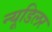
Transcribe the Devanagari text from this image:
न्यूडिलर